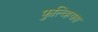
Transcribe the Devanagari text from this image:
फुल्व्हियस